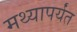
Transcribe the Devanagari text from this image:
मथ्यापर्यंत